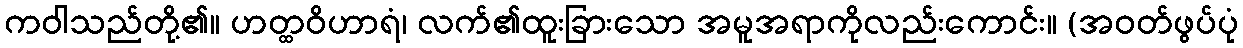
ကဝါသည်တို့၏။ ဟတ္ထဝိဟာရံ၊ လက်၏ထူးခြားသော အမူအရာကိုလည်းကောင်း။ (အဝတ်ဖွပ်ပုံ